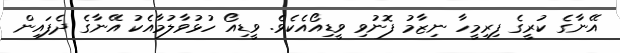
އޭނާގެ ކުރީގެ ފިރިމީހާ ނިޒާމު ފޮނުވި ވީޑިއޯއެކެވެ. ވީޑިއޯ ހުޅުވާލުމާއެކު އޭނާގެ ދެފައިން